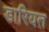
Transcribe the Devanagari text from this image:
डारियत